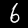
Digit: 6